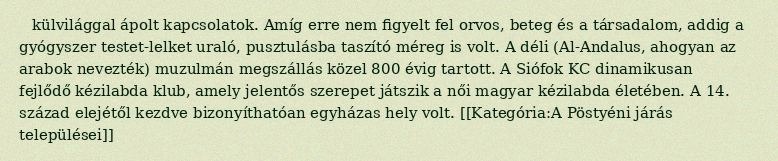
külvilággal ápolt kapcsolatok. Amíg erre nem figyelt fel orvos, beteg és a társadalom, addig a gyógyszer testet-lelket uraló, pusztulásba taszító méreg is volt. A déli (Al-Andalus, ahogyan az arabok nevezték) muzulmán megszállás közel 800 évig tartott. A Siófok KC dinamikusan fejlődő kézilabda klub, amely jelentős szerepet játszik a női magyar kézilabda életében. A 14. század elejétől kezdve bizonyíthatóan egyházas hely volt. [[Kategória:A Pöstyéni járás települései]]